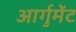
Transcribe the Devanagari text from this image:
आर्गुमेंट